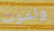
ونموت